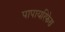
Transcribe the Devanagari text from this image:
पापायरिफेरा